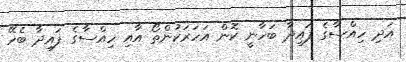
އަދި ހިއްސާގެ ފައިދާ ބަހާނީ ކޮން އަހަރަކުންތޯ އާއި ހިއްސާގެ ފައިދާ ބެހޭ